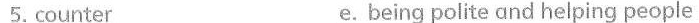
5. counter e. being polite and helping people